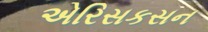
એરિસકસન